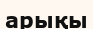
арықы